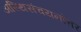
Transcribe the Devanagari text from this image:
अस्थिसंचयनोत्तर